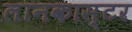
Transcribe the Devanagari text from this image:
लानकास्टर